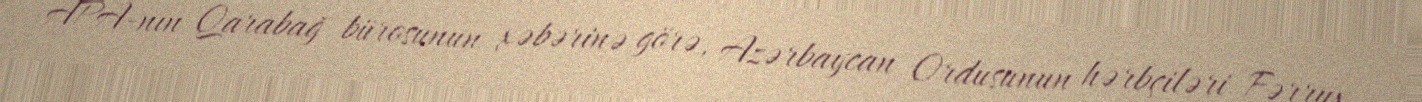
APA-nın Qarabağ bürosunun xəbərinə görə, Azərbaycan Ordusunun hərbçiləri Fərrux